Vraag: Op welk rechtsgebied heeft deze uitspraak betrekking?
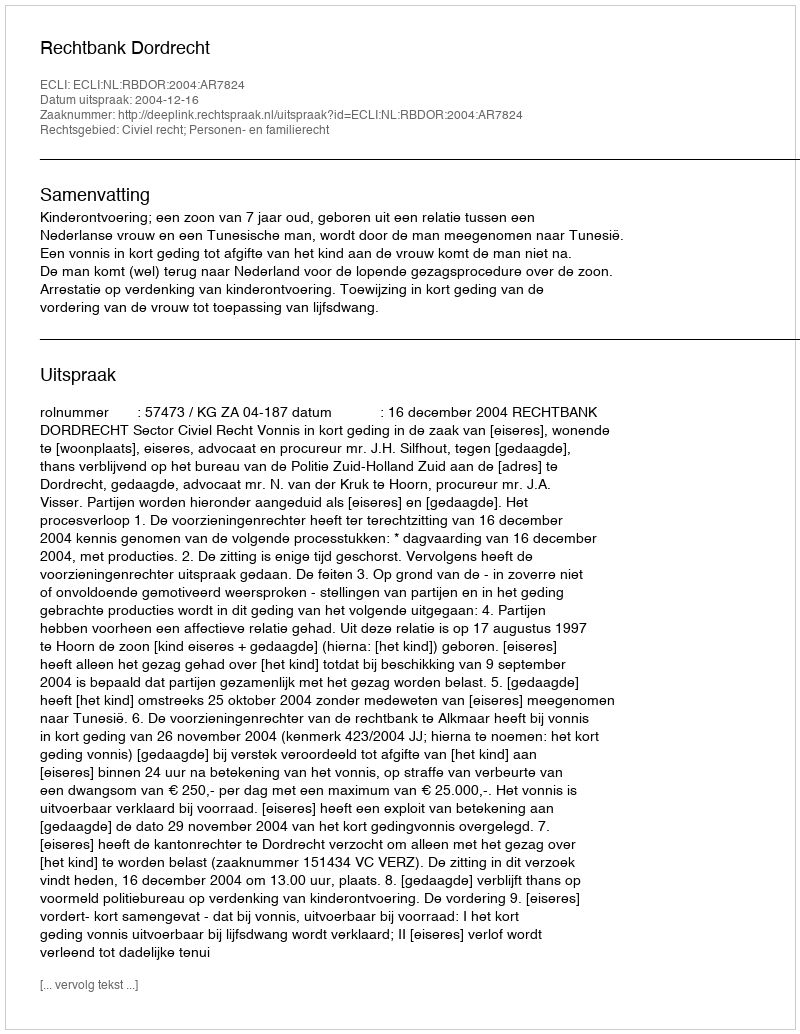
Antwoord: Civiel recht; Personen- en familierecht